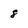
Character: 8